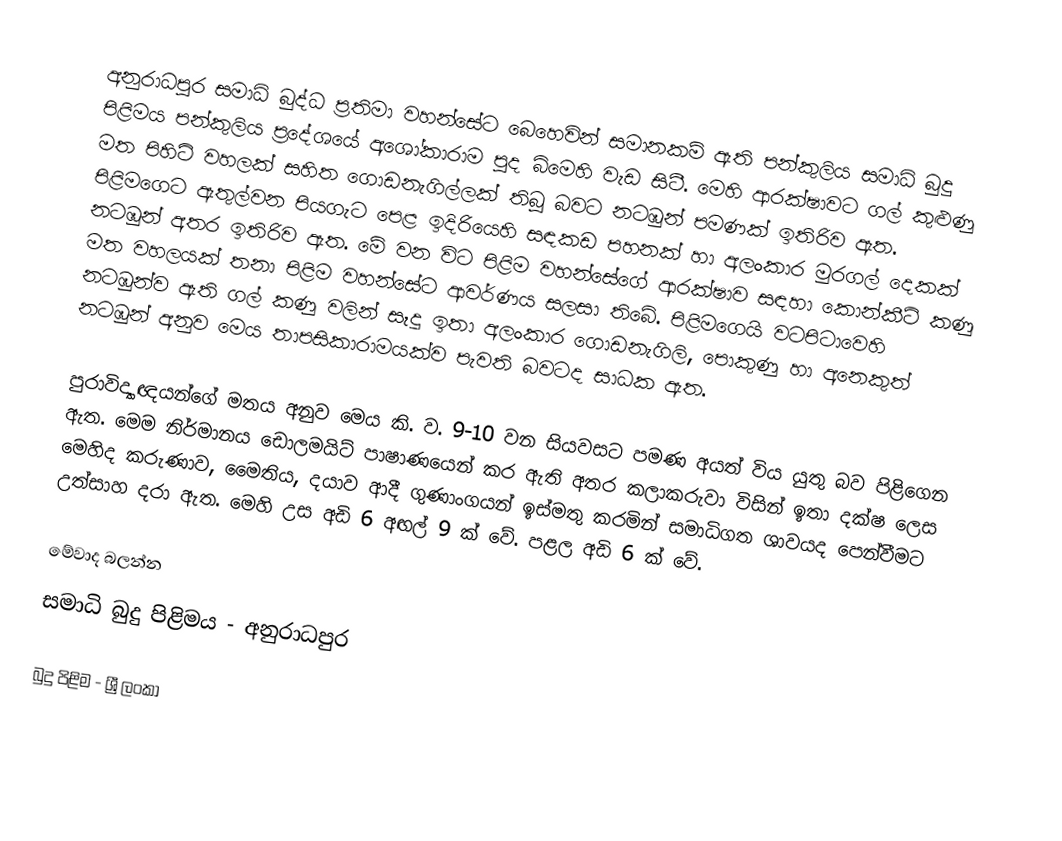
අනුරාධපුර සමාධි බුද්ධ ප්‍රතිමා වහන්සේට බෙහෙවින් සමානකම් ඇති පන්කුලිය සමාධි බුදු පිළිමය පන්කුලිය ප්‍රදේශයේ අශෝකාරාම පුද බිමෙහි වැඩ සිටී. මෙහි ආරක්ෂාවට ගල් කුළුණු මත පිහිටි වහලක් සහිත ගොඩනැගිල්ලක් තිබූ බවට නටඹුන් පමණක් ඉතිරිව ඇත. පිළිම‍ගෙට ඇතුල්වන පියගැට පෙළ ඉදිරියෙහි සඳකඩ පහනක් හා අලංකාර මුරගල් දෙකක් නටඹුන් අතර ඉතිරිව ඇත‍. මේ වන විට පිළිම වහන්සේගේ ආරක්ෂාව සඳහා කොන්කීට් කණු මත වහලයක් තනා පිළිම වහන්සේට ආවර්ණය සලසා තිබේ. පිළිමගෙයි වටපිටාවෙහි නටඹුන්ව ඇති ගල් කණු වලින් සෑදූ ඉතා අලංකාර ගොඩනැගිලි, පොකුණු හා අනෙකුත් නටඹුන් අනුව මෙය තාපසිකාරාමයක්ව පැවති බවටද සාධක ඇත.

පුරාවිද්‍යාඥයන්ගේ මතය අනුව මෙය කි. ව. 9-10 වන සියවසට පමණ අයත් විය යුතු බව පිළිගෙන ඇත. මෙම නිර්මානය ඩොලමයිට් පාෂාණයෙන් කර ඇති අතර කලාකරුවා විසින් ඉතා දක්ෂ ලෙස මෙහිද කරුණාව, මෛතිය, දයාව ආදී ගුණාංගයන් ඉස්මතු කරමින් සමාධිගත ශාවයද පෙන්වීමට උත්සාහ දරා ඇත‍. මෙහි උස අඩි 6 අඟල් 9 ක් වේ. පළල අඩි 6 ක් වේ.

මේවාද බලන්න
සමාධි බුදු පිළිමය - අනුරාධපුර

බුදු පිළිම - ශ්‍රී ලංකා